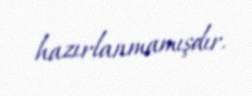
hazırlanmamışdır.